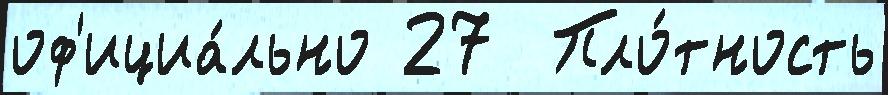
оф'ициа́льно 27  Пло́тность